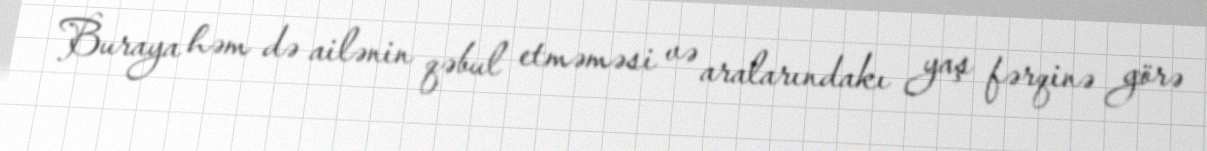
Buraya həm də ailənin qəbul etməməsi və aralarındakı yaş fərqinə görə